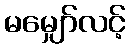
မမျှော်လင့်